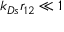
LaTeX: k _ { D s } r _ { 1 2 } \ll 1